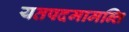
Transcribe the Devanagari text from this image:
यतपदमामन्ति